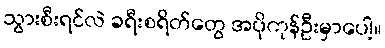
သွားစီးရင်လဲ ခရီးစရိတ်တွေ အပိုကုန်ဦးမှာပေါ့။